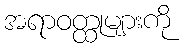
အရာဝတ္ထုများကို